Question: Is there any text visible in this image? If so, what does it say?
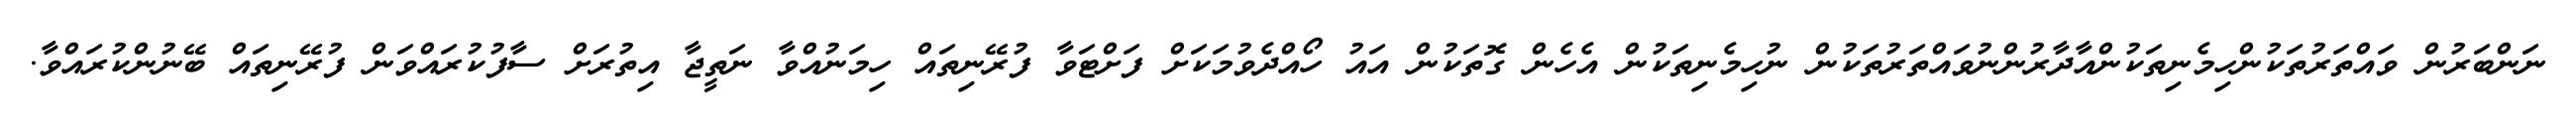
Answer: ނަންބަރުން ވައްތަރުތަކުންހިމެނިތަކުންއާދާރުންނުވައްތަރުތަކުން ނުހިމެނިތަކުން އެހެން ގޮތަކުން އައު ހޯއްދެވުމަކަށް ފަށްޓަވާ ފުރޭނިތައް ހިމަނުއްވާ ނަތީޖާ އިތުރަށް ސާފުކުރައްވަން ފުރޭނިތައް ބޭނުންކުރައްވާ.